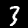
Label: 3